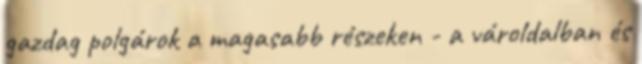
gazdag polgárok a magasabb részeken - a vároldalban és